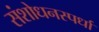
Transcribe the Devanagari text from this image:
संशोधनस्पर्धा